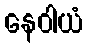
နေဝါယံ